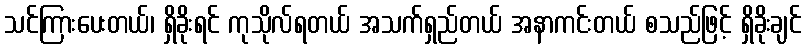
သင်ကြားပေးတယ်၊ ရှိခိုးရင် ကုသိုလ်ရတယ် အသက်ရှည်တယ် အနာကင်းတယ် စသည်ဖြင့် ရှိခိုးချင်